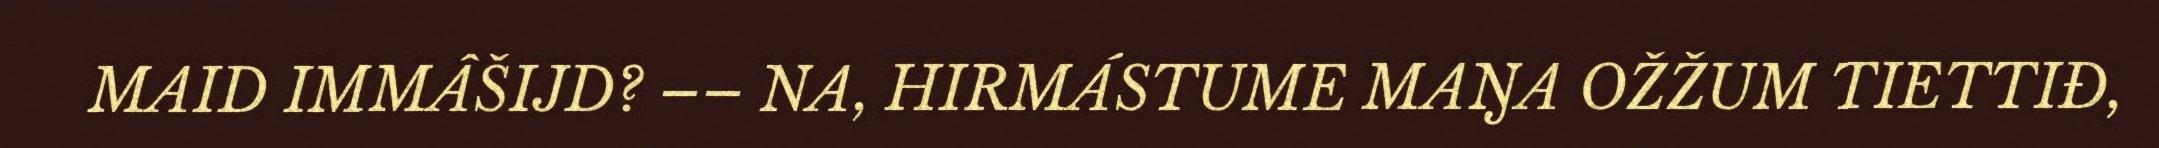
MAID IMMÂŠIJD? –– NA, HIRMÁSTUME MAŊA OŽŽUM TIETTIĐ,